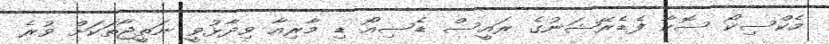
މެކްސިކޯ ސޮކާ ފެޑެރޭޝަނުގެ ރައީސް ޑެސިއޯ ޑި މާރިއާ ވިދާޅުވީ ނަތީޖާތަކަށް ވުރެ